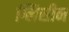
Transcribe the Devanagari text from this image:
ग्लिसीन